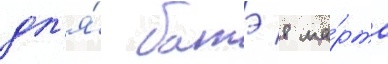
дл'я́ батэ 8 ма́рта